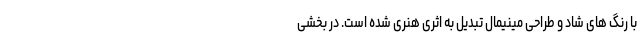
با رنگ های شاد و طراحی مینیمال تبدیل به اثری هنری شده است. در بخشی